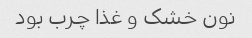
نون خشک و غذا چرب بود